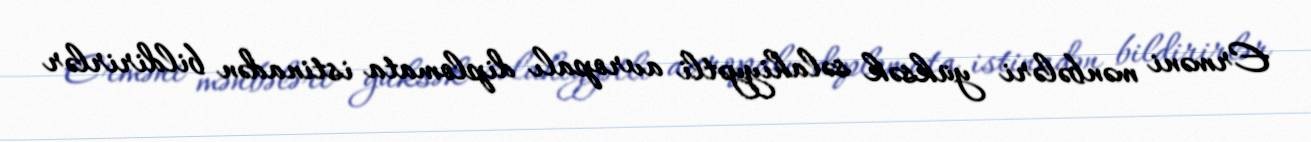
Erməni mənbələri yüksək səlahiyyətli avropalı diplomata istinadən bildirirlər